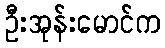
ဦးအုန်းမောင်က